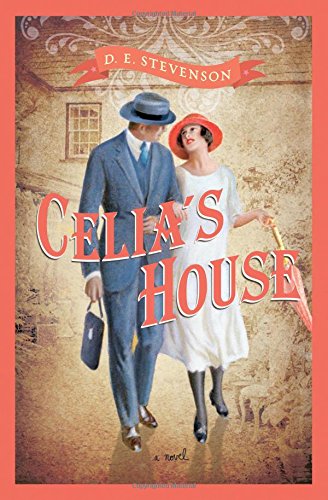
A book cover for Celia's House; D.E. Stevenson; Literature & Fiction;